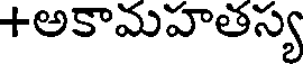
+అకామహతస్య